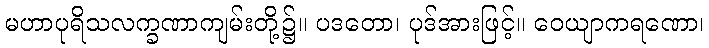
မဟာပုရိသလက္ခဏာကျမ်းတို့၌။ ပဒတော၊ ပုဒ်အားဖြင့်။ ဝေယျာကရဏော၊